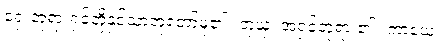
ရှေးဘုရားရှင်တို့နှင့်သာတူတော်မူ၏။ တုယှံ၊ အရှင်ဘုရား၏။ ကာယေ၊